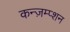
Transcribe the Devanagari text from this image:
कन्ज़म्प्शन